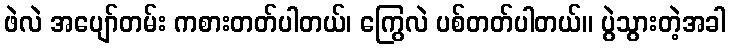
ဖဲလဲ အပျော်တမ်း ကစားတတ်ပါတယ်၊ ကြွေလဲ ပစ်တတ်ပါတယ်။ ပွဲသွားတဲ့အခါ